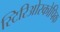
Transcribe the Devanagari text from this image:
स्टिरिओस्कोपिक